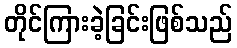
တိုင်ကြားခဲ့ခြင်းဖြစ်သည်